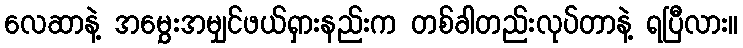
လေဆာနဲ့ အမွှေးအမျှင်ဖယ်ရှားနည်းက တစ်ခါတည်းလုပ်တာနဲ့ ရပြီလား။